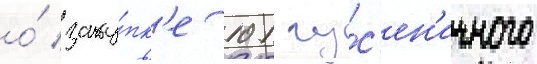
о́ заку́пк'е 101 гу́с'ен'ичного